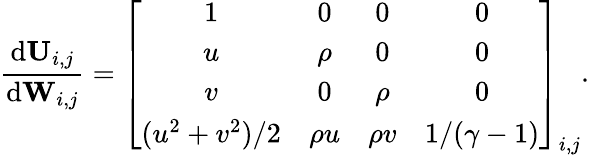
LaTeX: \frac{\mathrm{d}\mathbf{U}_{i,j}}{\mathrm{d}\mathbf{W}_{i,j}}=\left[\begin{array}{cccc}{1}&{0}&{0}&{0}\\ {u}&{\rho}&{0}&{0}\\ {v}&{0}&{\rho}&{0}\\ {(u^{2}+v^{2})/2}&{\rho u}&{\rho v}&{1/(\gamma-1)}\end{array}\right]_{i,j}.